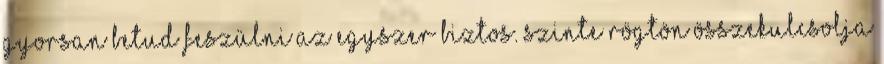
Gyorsan betud feszülni az egyszer biztos. Szinte rögtön összekulcsolja